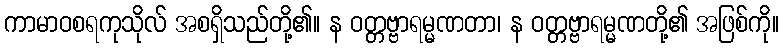
ကာမာဝစရကုသိုလ် အစရှိသည်တို့၏။ န ဝတ္တဗ္ဗာရမ္မဏတာ၊ န ဝတ္တဗ္ဗာရမ္မဏတို့၏ အဖြစ်ကို။